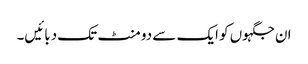
ان جگہوں کو ایک سے دو منٹ تک دبائیں۔